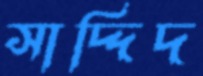
সাদ্দিদ